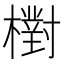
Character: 𣝉